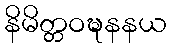
နိမိတ္တဝဍ္ဎနနယ